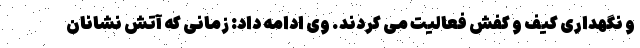
و نگهداری کیف و کفش فعالیت می کردند. وی ادامه داد: زمانی که آتش نشانان